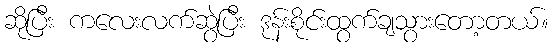
ဆိုပြီး ကလေးလက်ဆွဲပြီး ဒုန်းစိုင်းထွက်ချသွားတော့တယ်။